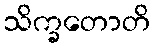
သိက္ခတောတိ